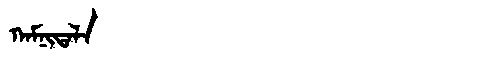
Manchu: ᡴᠠᠮᠨᡳᡨᠠᠯᠠ
Romanization: KAMNITALA